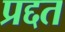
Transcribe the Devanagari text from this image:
प्रद्दत